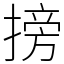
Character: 搒